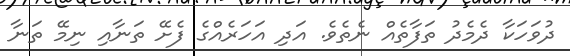
ދުވަހަކާ ދެމެދު ތަފާތެއް ނެތެވެ. އަދި އަހަރެއްގެ ފެށޭ ތަނާއި ނިމޭ ތަނާ